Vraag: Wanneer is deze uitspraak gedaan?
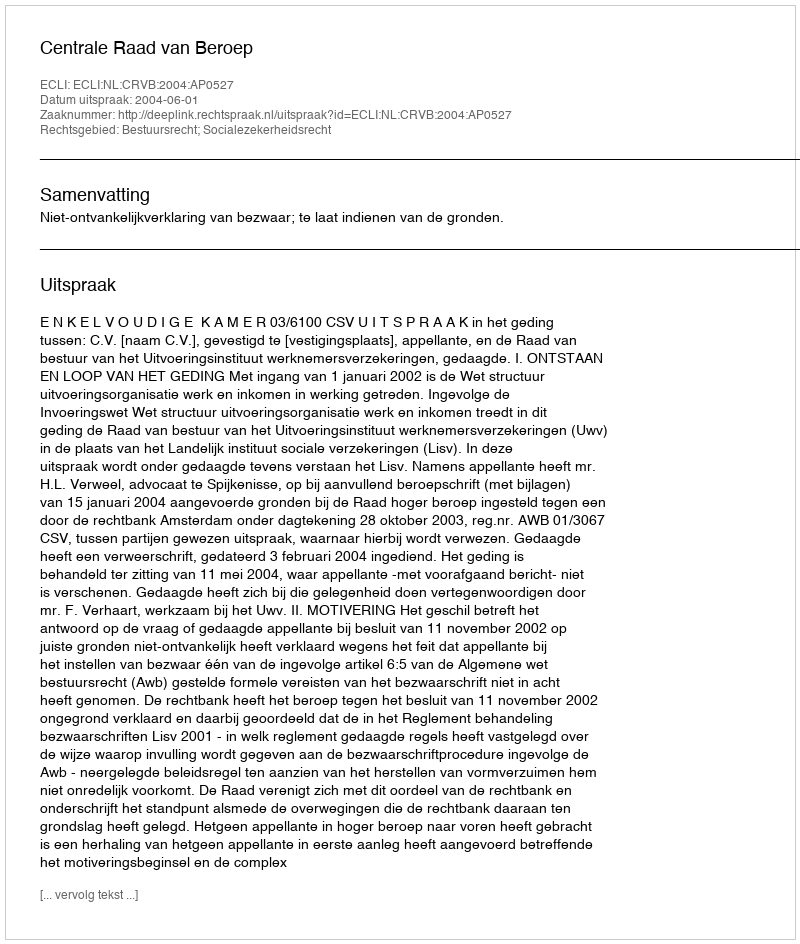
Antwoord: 2004-06-01